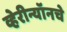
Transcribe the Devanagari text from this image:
व्हेरीन्यॉनचे